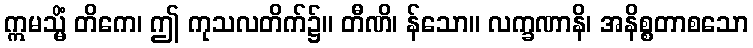
ဣမသ္မိံ တိကေ၊ ဤ ကုသလတိက်၌။ တီဏိ၊ န်သော။ လက္ခဏာနိ၊ အနိစ္စတာစသော